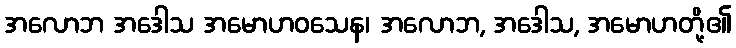
အလောဘ အဒေါသ အမောဟဝသေန၊ အလောဘ, အဒေါသ, အမောဟတို့၏